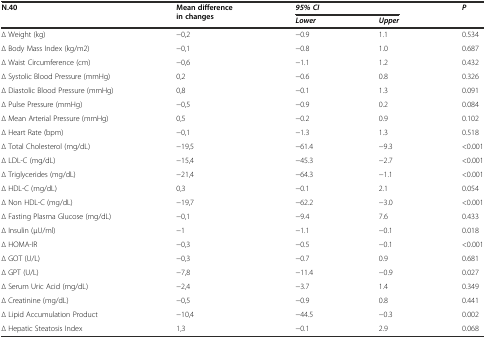
<table><thead><tr><td><b>N.40</b></td><td rowspan="2"><b>Mean difference in changes</b></td><td colspan="2"><b><i>95% CI</i></b></td><td rowspan="2"><b><i>P</i></b></td></tr><tr><td></td><td><b><i>Lower</i></b></td><td><b><i>Upper</i></b></td></tr></thead><tbody><tr><td>∆ Weight (kg)</td><td>−0,2</td><td>−0.9</td><td>1.1</td><td>0.534</td></tr><tr><td>∆ Body Mass Index (kg/m2)</td><td>−0,1</td><td>−0.8</td><td>1.0</td><td>0.687</td></tr><tr><td>∆ Waist Circumference (cm)</td><td>−0,6</td><td>−1.1</td><td>1.2</td><td>0.432</td></tr><tr><td>∆ Systolic Blood Pressure (mmHg)</td><td>0,2</td><td>−0.6</td><td>0.8</td><td>0.326</td></tr><tr><td>∆ Diastolic Blood Pressure (mmHg)</td><td>0,8</td><td>−0.1</td><td>1.3</td><td>0.091</td></tr><tr><td>∆ Pulse Pressure (mmHg)</td><td>−0,5</td><td>−0.9</td><td>0.2</td><td>0.084</td></tr><tr><td>∆ Mean Arterial Pressure (mmHg)</td><td>0,5</td><td>−0.2</td><td>0.9</td><td>0.102</td></tr><tr><td>∆ Heart Rate (bpm)</td><td>−0,1</td><td>−1.3</td><td>1.3</td><td>0.518</td></tr><tr><td>∆ Total Cholesterol (mg/dL)</td><td>−19,5</td><td>−61.4</td><td>−9.3</td><td>&lt;0.001</td></tr><tr><td>∆ LDL-C (mg/dL)</td><td>−15,4</td><td>−45.3</td><td>−2.7</td><td>&lt;0.001</td></tr><tr><td>∆ Triglycerides (mg/dL)</td><td>−21,4</td><td>−64.3</td><td>−1.1</td><td>&lt;0.001</td></tr><tr><td>∆ HDL-C (mg/dL)</td><td>0,3</td><td>−0.1</td><td>2.1</td><td>0.054</td></tr><tr><td>∆ Non HDL-C (mg/dL)</td><td>−19,7</td><td>−62.2</td><td>−3.0</td><td>&lt;0.001</td></tr><tr><td>∆ Fasting Plasma Glucose (mg/dL)</td><td>−0,1</td><td>−9.4</td><td>7.6</td><td>0.433</td></tr><tr><td>∆ Insulin (μU/ml)</td><td>−1</td><td>−1.1</td><td>−0.1</td><td>0.018</td></tr><tr><td>∆ HOMA-IR</td><td>−0,3</td><td>−0.5</td><td>−0.1</td><td>&lt;0.001</td></tr><tr><td>∆ GOT (U/L)</td><td>−0,3</td><td>−0.7</td><td>0.9</td><td>0.681</td></tr><tr><td>∆ GPT (U/L)</td><td>−7,8</td><td>−11.4</td><td>−0.9</td><td>0.027</td></tr><tr><td>∆ Serum Uric Acid (mg/dL)</td><td>−2,4</td><td>−3.7</td><td>1.4</td><td>0.349</td></tr><tr><td>∆ Creatinine (mg/dL)</td><td>−0,5</td><td>−0.9</td><td>0.8</td><td>0.441</td></tr><tr><td>∆ Lipid Accumulation Product</td><td>−10,4</td><td>−44.5</td><td>−0.3</td><td>0.002</td></tr><tr><td>∆ Hepatic Steatosis Index</td><td>1,3</td><td>−0.1</td><td>2.9</td><td>0.068</td></tr></tbody></table>